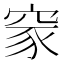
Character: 䆥